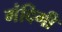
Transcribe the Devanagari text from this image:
गंदिगी